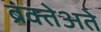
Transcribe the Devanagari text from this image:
ब्रक्तेअते